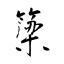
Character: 簗